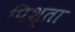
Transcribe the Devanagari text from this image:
पिश्ता